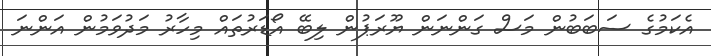
އެކަމުގެ ސަބަބުން މަސް ގަންނަން ޔޫރަޕުން ލިބޭ އޯޑަރުތައް މިހާރު މަދުވަމުން އަންނަ